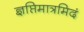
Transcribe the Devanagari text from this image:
ज्ञप्तिमात्रमिदं